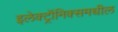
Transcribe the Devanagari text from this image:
इलेक्ट्रॉनिक्समधील